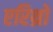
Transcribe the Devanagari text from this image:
एरिथ्रो